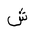
Letter: _shin